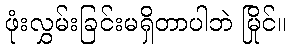
ဖုံးလွှမ်းခြင်းမရှိတာပါဘဲ မြိုင်။